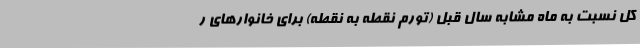
کل نسبت به ماه مشابه سال قبل (تورم نقطه به نقطه) برای خانوارهای ر